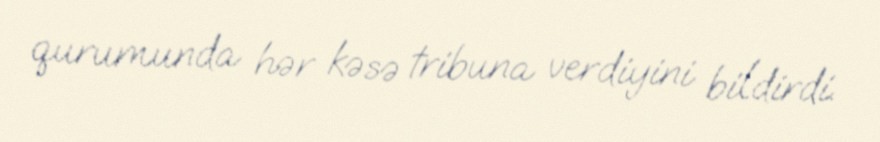
qurumunda hər kəsə tribuna verdiyini bildirdi.